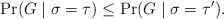
LaTeX: \begin{align*} \Pr(G \mid \sigma = \tau) \le \Pr(G \mid \sigma = \tau').\end{align*}